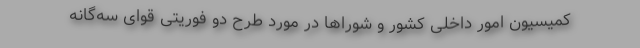
کمیسیون امور داخلی کشور و شوراها در مورد طرح دو فوریتی قوای سه‌گانه